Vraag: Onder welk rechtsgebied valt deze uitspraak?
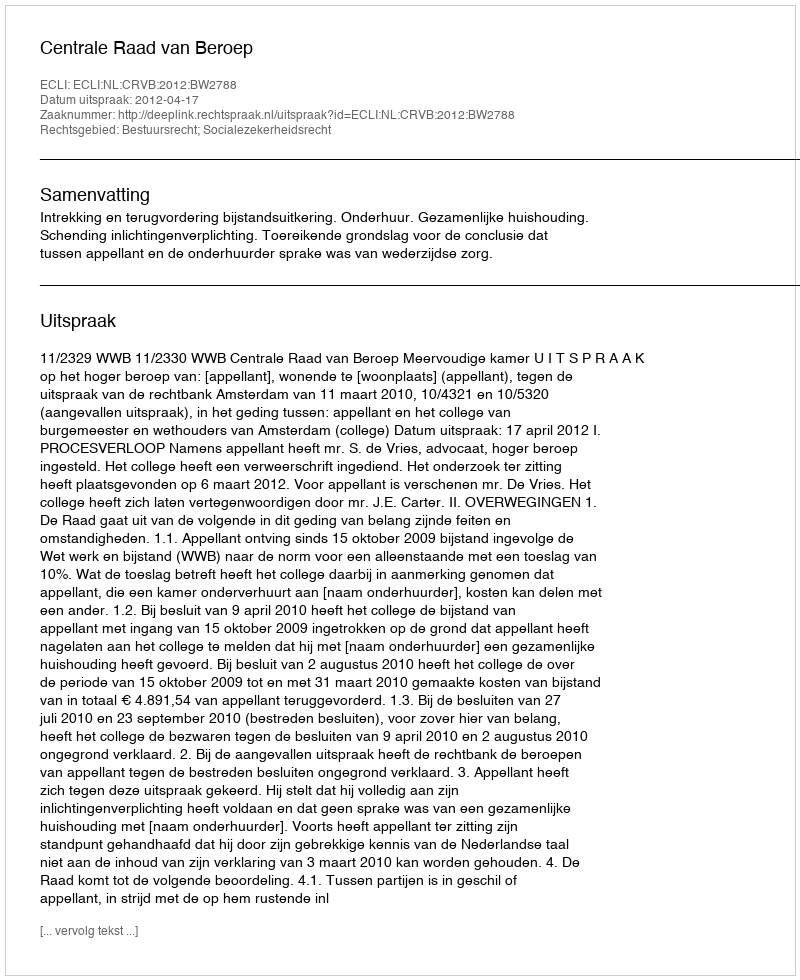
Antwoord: Bestuursrecht; Socialezekerheidsrecht